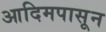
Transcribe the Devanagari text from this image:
आदिमपासून